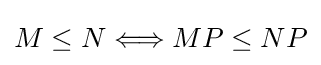
M\leq N\Longleftrightarrow MP\leq NP